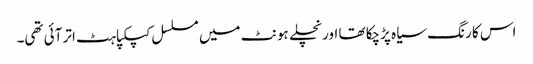
اس کا رنگ سیاہ پڑچکا تھا اور نچلے ہونٹ میں مسلسل کپکپاہٹ اتر آئی تھی۔